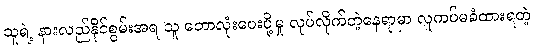
သူရဲ့ နားလည်နိုင်စွမ်းအရ သူ ဘောလုံးပေးပို့မှု လုပ်လိုက်တဲ့နေရာမှာ လူကပ်မခံထားရတဲ့